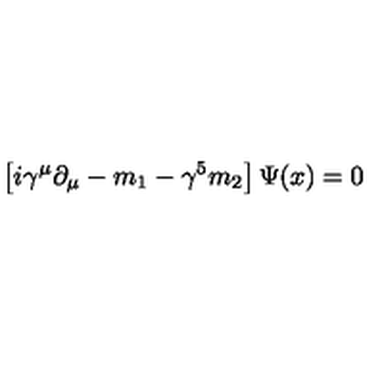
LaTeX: \left[ i \gamma ^ { \mu } \partial _ { \mu } - m _ { 1 } - \gamma ^ { 5 } m _ { 2 } \right] \Psi ( x ) = 0 \,